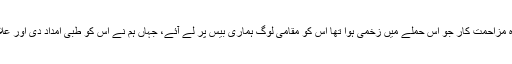
تاہم، وہ مزاحمت کار جو اِس حملے میں زخمی ہوا تھا اُس کو مقامی لوگ ہماری بیس پر لے آئے، جہاں ہم نے اُس کو طبی امداد دی اور علاج کیا۔